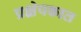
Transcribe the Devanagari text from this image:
प्रक्षेपकात